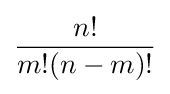
{\frac {n!}{m!(n-m)!}}